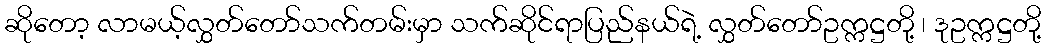
ဆိုတော့ လာမယ့်လွှတ်တော်သက်တမ်းမှာ သက်ဆိုင်ရာပြည်နယ်ရဲ့ လွှတ်တော်ဥက္ကဋ္ဌတို့ ၊ ဒုဥက္ကဋ္ဌတို့